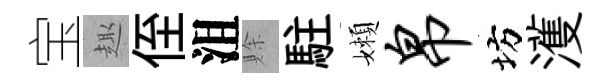
宝趣侄沮賖駐嬾帛坊濩